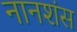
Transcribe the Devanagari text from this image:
नानशंस